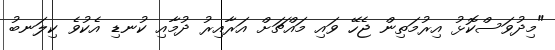
"މިދުވަސްކޮޅު އިރުމަތިން ޖެހޭ ވައި މައްޗަށް އަރާއިރު ދުމާއި ކުނޑި އެކުވެ ކިލަނބު